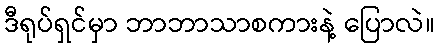
ဒီရုပ်ရှင်မှာ ဘာဘာသာစကားနဲ့ ပြောလဲ။